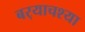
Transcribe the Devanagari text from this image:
बर्‍याचश्या